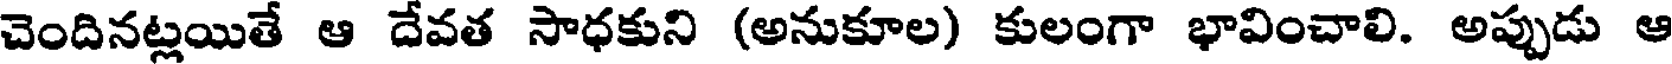
చెందినట్లయితే ఆ దేవత సాధకుని (అనుకూల) కులంగా భావించాలి. అప్పుడు ఆ